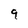
Character: 9